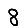
Digit: 8